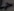
Text: +